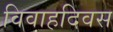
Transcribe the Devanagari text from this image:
विवाहदिवस